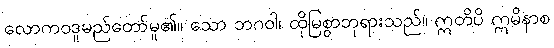
လောကဝဒူမည်တော်မူ၏။ သော ဘဂဝါ၊ ထိုမြစွာဘုရားသည်။ ဣတိပိ ဣမိနာစ